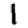
Digit: 1